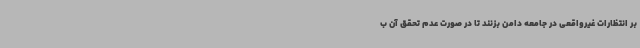
بر انتظارات غیرواقعی در جامعه دامن بزنند تا در صورت عدم تحقق آن ب